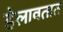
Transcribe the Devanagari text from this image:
हेलावतात